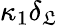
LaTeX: \kappa_{1}\delta_{\mathfrak{L}}